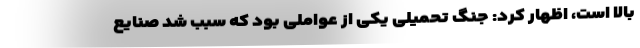
بالا است، اظهار کرد: جنگ تحمیلی یکی از عواملی بود که سبب شد صنایع